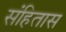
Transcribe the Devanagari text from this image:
संहितास